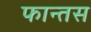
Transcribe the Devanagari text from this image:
फान्तस